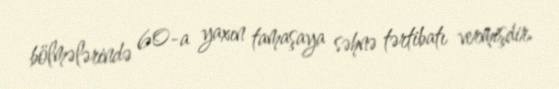
bölmələrində 60-a yaxın tamaşaya səhnə tərtibatı vermişdir.